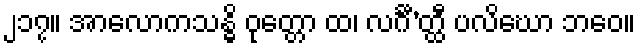
၂၁၇။ အာလောကသန္ဓိ ဝုတ္တော ထ၊ လင်္ဂီ’တ္ထီ ပလိဃော ဘဝေ။